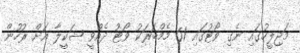
މަޖިލީހުގައި ނެގި ވޯޓުގައި 61 މެމްބަރަކު ވޯޓު ދެއްވީ ޝަކީލާ އަށް ރުހުން